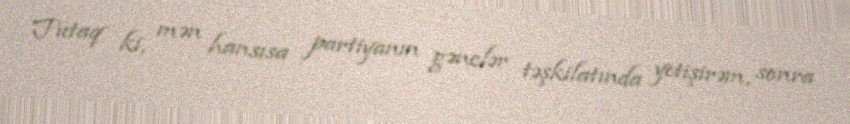
Tutaq ki, mən hansısa partiyanın gənclər təşkilatında yetişirəm, sonra